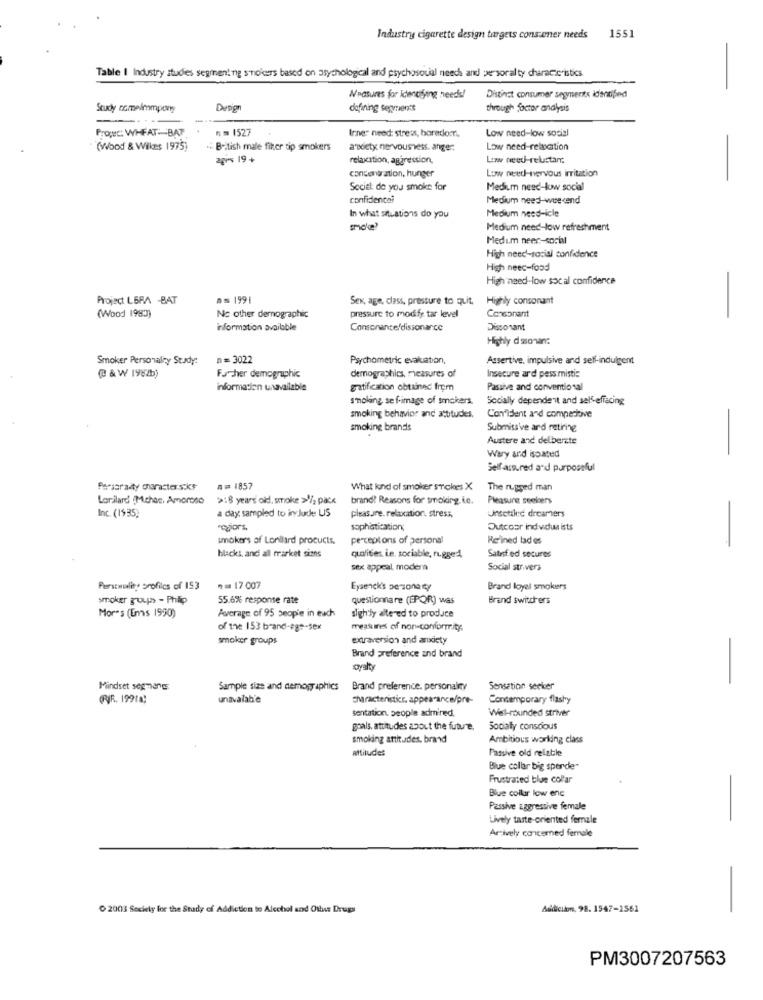
Industry cigarette design targets consumer needs
1551
Table | Industry studies segment ng smokers based on psychological and psychosoual needs and per soral ty characteristics
Measures for Idenofying needs!
Distinct consumer segments identijed
Study comelmmpony
Design
defining segments
through factor analysis
Propec: WHEAT :- BAT
n = 1527
Inner need: stress, boredom,
Low need-low social
(Wood & Wilkes 1975)
. British male fiker tip smokers
anxiety nervousness. ange:
Low need-relation
agrs 19 +
relaxation, aggression,
Low need-reluctant
Low need-nervous irritation
canonU ation, hunger
Social: do you smoke for
Medium need-low social
confidencal
Medium need-weekend
Medium need-icle
In what situations do you
small
Medium need-low refreshment
Medim neen-social
High need-social confidence
High neec-food
High need-low socal confidence
-
Project LERA -BAT
D= 1991
Sex, age, class, pressure to quit,
Highly consonant
(Wood 1983)
Nc other dernographic
pressure to modify tar level
Consonant
information available
Consonante'dissonance
Dissonant
Highly d asonan:
Smoker Personalry Study:
n= 3022
Psychometric evaluation,
Assertive, impulsive and self-indulgent
demographics, measures of
(B & W 1982b)
Further demographic
Insecure ard pess misti:
information unavailable
gratification obtained from
Passive and conventional
smoking, se f-image of smokers.
Socially dependent and self-effacing
smoking behavior and attitudes,
Confident and compedove
smoking brands
Submiti've ard retiring
Austere and deliberate
Wary and isoated
-
Selfass.red and purposeful
Persgradty charactersks
n= 1857
What kind of smoker snickes X
The rugged man
Lorilard (Mchas, Amoroso
>:8 years old, smoke >% pack
brand? Reasons for smoking. le.
Pleasure seekers
a day sampled to include US
Inc. (1935,
pleasure. relocation. stress,
Unsettled dreamers
-ogiors.
sophistication;
Outrosr ind vidu ists
smoker's of Lonilard procucts.
perceptions of personal
Re'ined lad es
-
hlacks, and all tracket sians
qualities ie, sociable, rugged,
Satisf.ed secures
sex appeal modera
Social str.vers
Perstwolite profiles of 153
n = 17.007
Eysenck's personaty
Brand loyal smokers
smoker groups - Philip
55.6% response rate
questionnaire (EPOR) was
Brand switch ers
Average of 95 people in each
slightly altered to produce
Mor's (Ems 1950)
of the 153 brand-ege-sex
measures of non-conformity:
smoker groups
extraversion and anxiety
Brand preference and brand
oyalty
-
Mindset segmengs
Sample size and demographics
Brand preference. personalny
Sensation seeker
(FJR. 1991a)
unavalab'e
characteristicr. appearance/pre-
Contemporary flashy
Sentation, people admired.
Well-rounded striver
goals, attitudes about the future.
Socially conscious
smoking attitudes. brand
Ambitious working class
attitudes
Passive old relatle
Blue collar big sperde-
Frustrated blue collar
Blue collar low enc
Passive aggressive female
Lively taste-oriented fernale
-
Arively concemed female
0 2003 Seciely for the Study of Addiction to Alcohol and Other Drugs
Asdicikm, 98. 1547-1561
PM3007207563